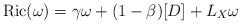
LaTeX: \begin{align*} {\rm Ric}(\omega)=\gamma \omega+(1-\beta)[D]+L_X \omega\end{align*}